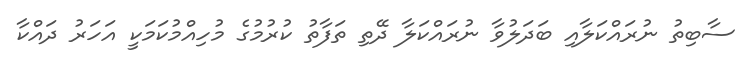
ސާބިތު ނުރައްކަލާއި ބަދަލުވާ ނުރައްކަލާ ދޭތި ތަފާތު ކުރުމުގެ މުހިއްމުކަމަކީ އަހަރު ދައްކާ